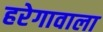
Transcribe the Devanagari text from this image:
हरेगावाला